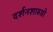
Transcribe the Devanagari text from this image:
दर्शनशास्त्रो